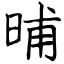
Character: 晡